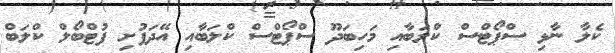
ކެލާ ނާޅި ސްޕޯޓްސް ކްލަބާއި މަހިބަދޫ ސްޕޯޓްސް ކްލަބާއި އޭދަފުށި ފުޓްބޯލް ކްލަބް